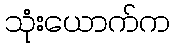
သုံးယောက်က